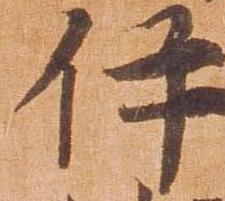
件